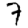
Digit: 7